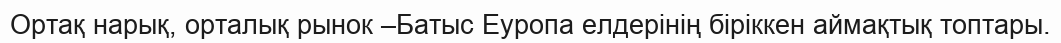
Ортақ нарық, орталық рынок –Батыс Еуропа елдерінің біріккен аймақтық топтары.